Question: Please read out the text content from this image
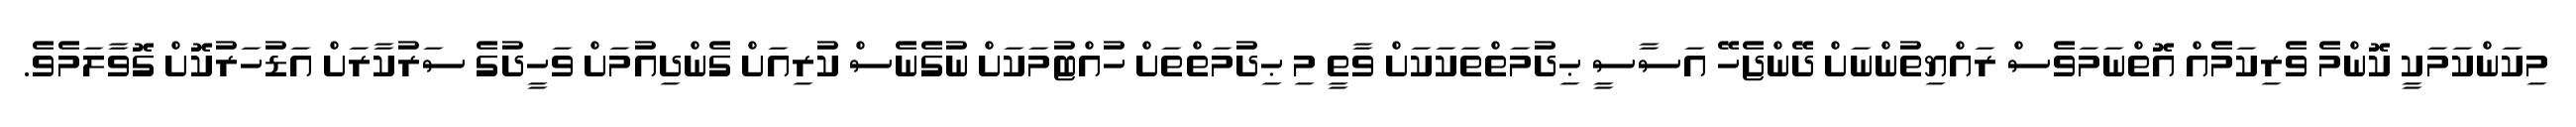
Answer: މިކަންކަމަކީ ކޮންމެ ވެރިކަމެއް އޮތްނަމަވެސް ރައްޔިތުންނަށް ދޭންޖެހޭ އަސާސީ ޙިދުމަތްތަކަކަށް ވާތީ މި ޙިދުމަތްތަށް ހުއްޓުމަކަށް ނުގެނެސް ކުރިއަށް ގެންދިއުމަށް ވަހީދުގެ ސަރުކާރަށް އަޑުހަރުކޮށް ގޮވާލަމެވެ.